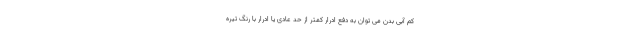
کم آبی بدن می توان به دفع ادرار کمتر از حد عادی یا ادرار با رنگ تیره